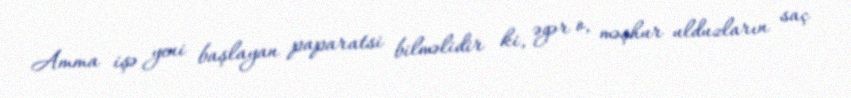
Amma işə yeni başlayan paparatsi bilməlidir ki, əgər o, məşhur ulduzların saç